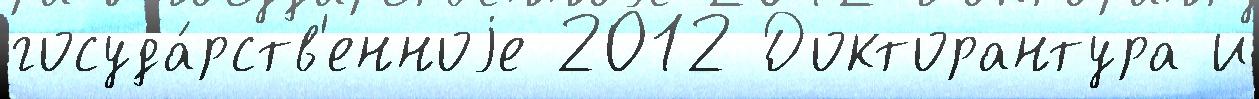
госуда́рств'енноjе 2012 Докторантура и